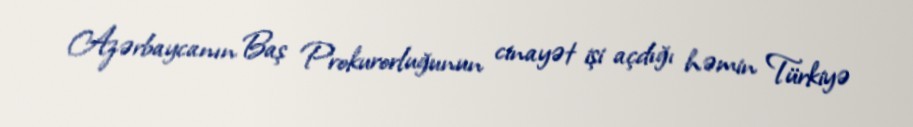
Azərbaycanın Baş Prokurorluğunun cinayət işi açdığı həmin Türkiyə